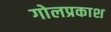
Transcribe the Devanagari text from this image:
गोलप्रकाश